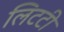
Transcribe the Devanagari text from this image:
लिटटी